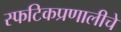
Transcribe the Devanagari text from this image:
स्फटिकप्रणालीचे